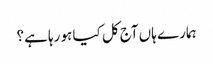
ہمارے ہاں آج کل کیا ہو رہا ہے؟